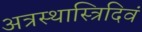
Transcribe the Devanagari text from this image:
अत्रस्थास्त्रिदिवं